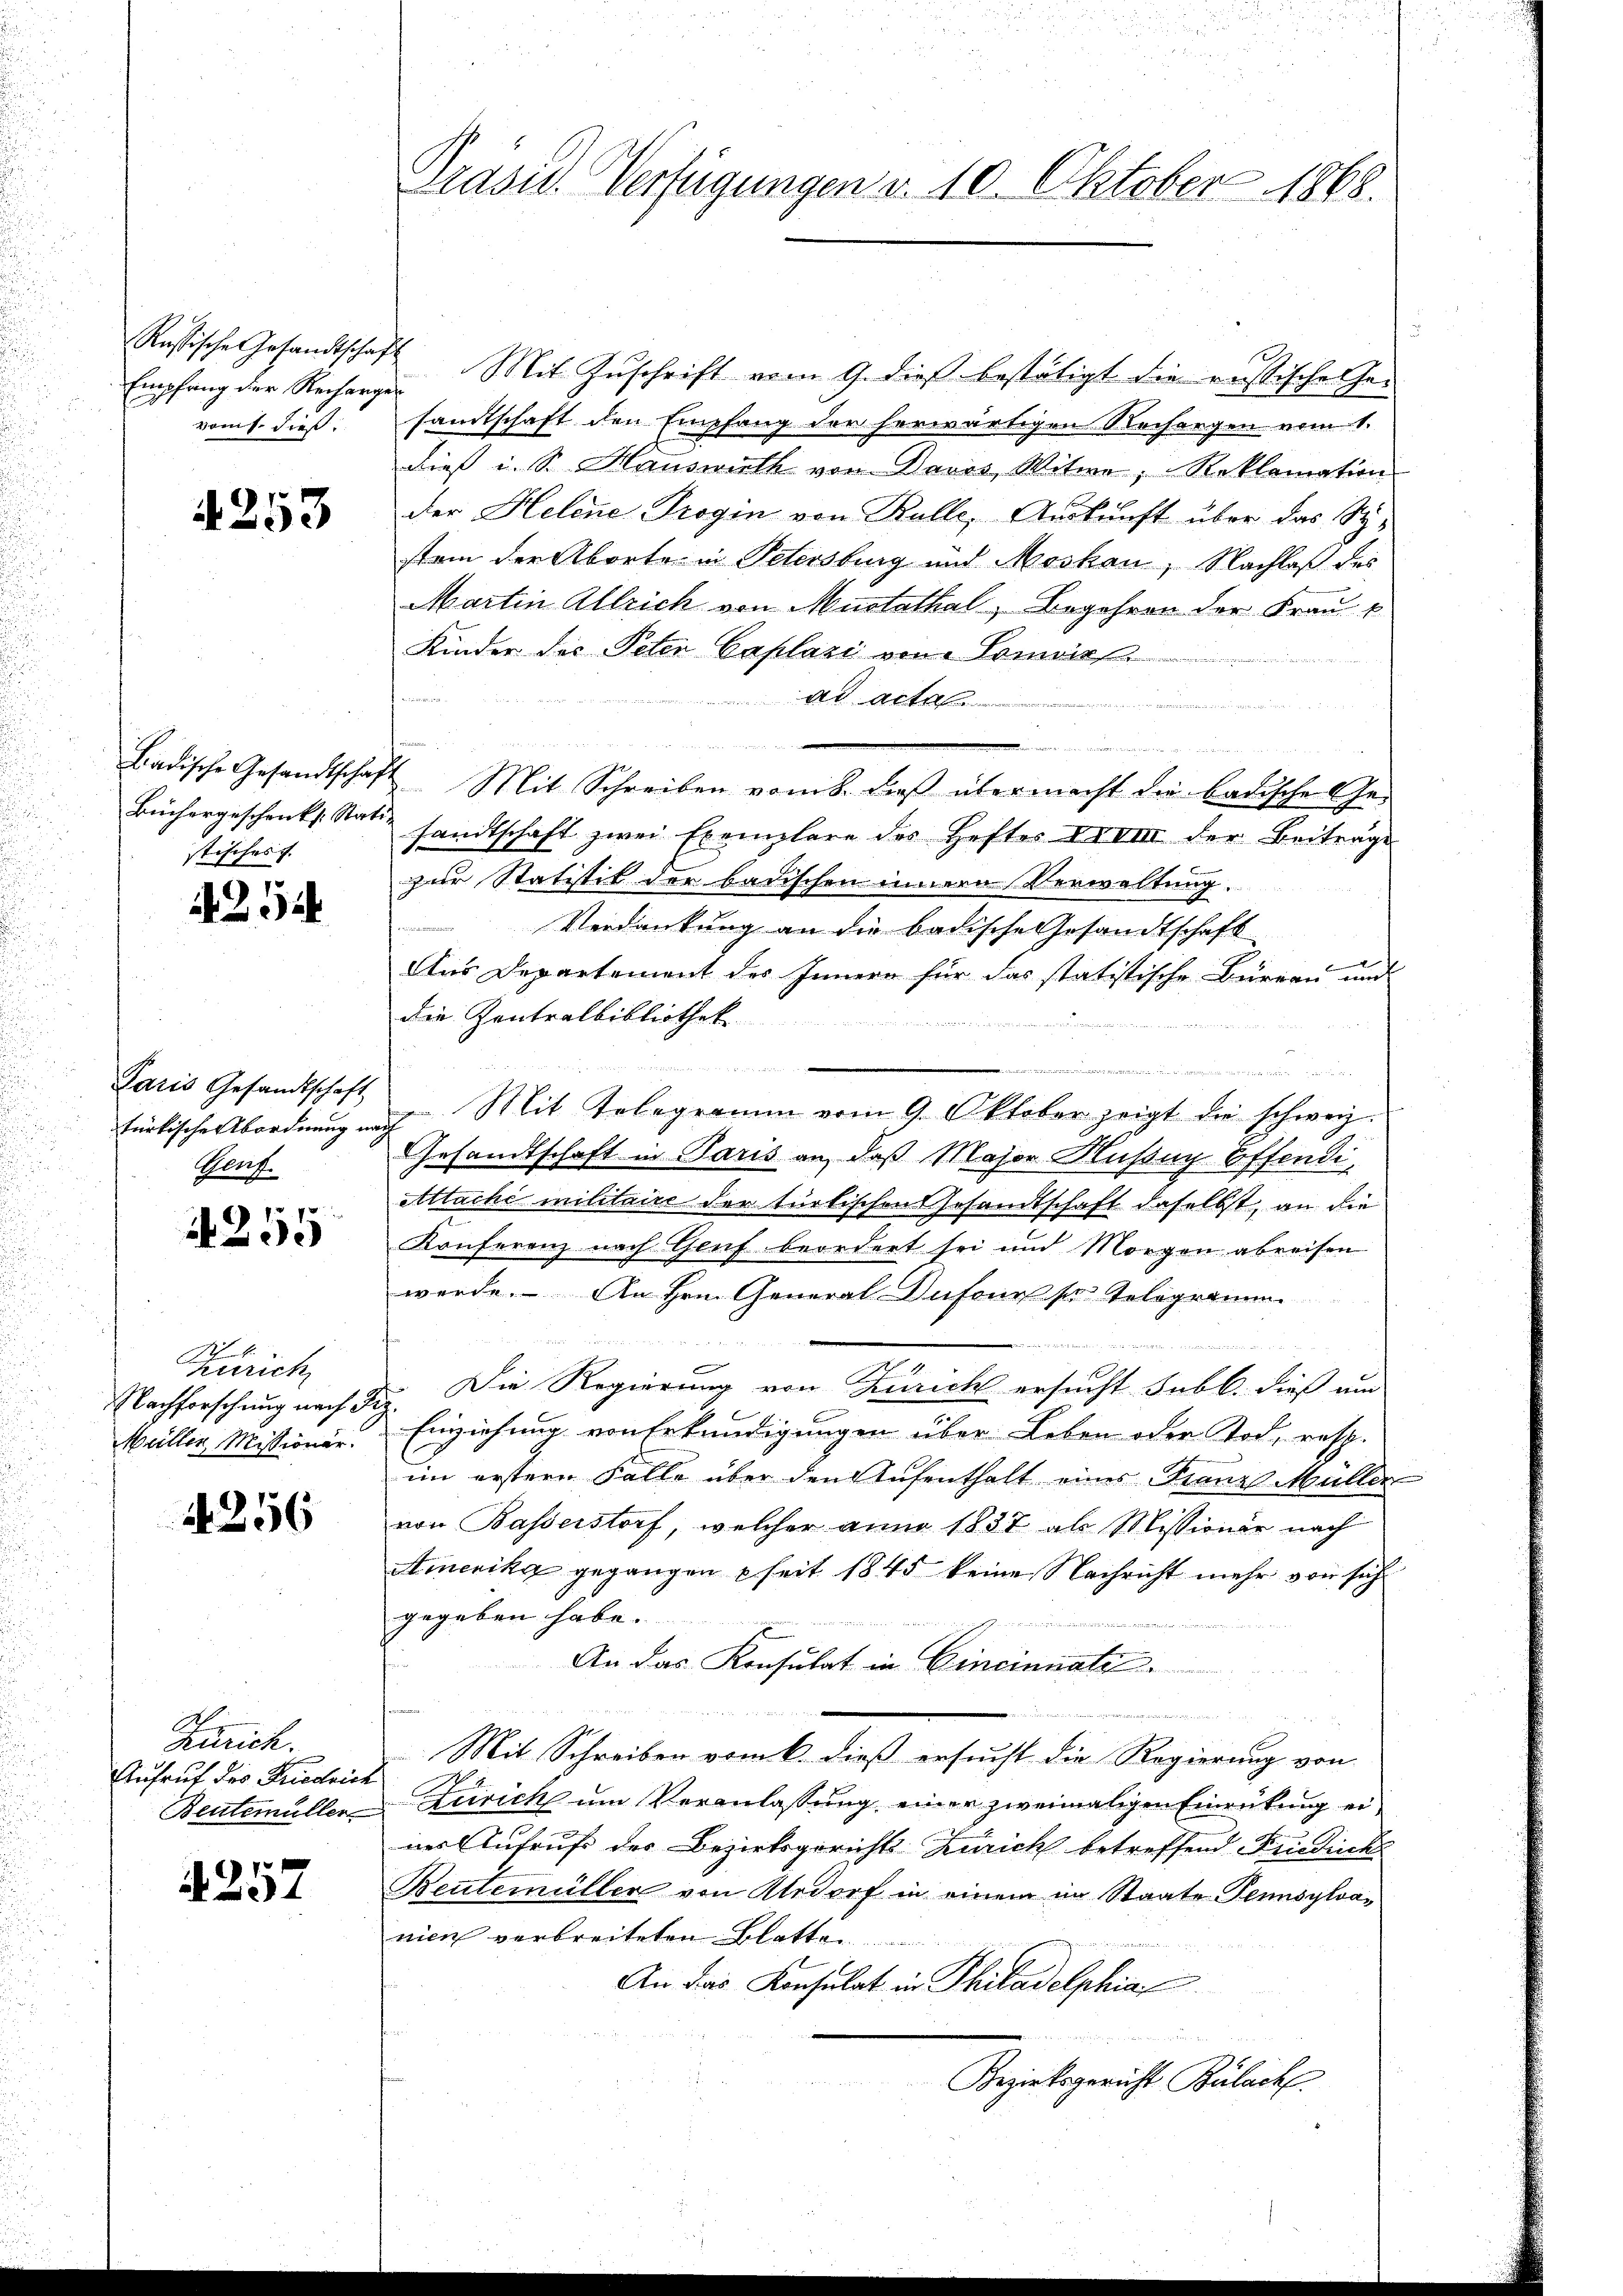
Empfang der Recharges
vom 1. dieß.

4253

Büchergeschricks Rati-
stisches .

.
1234

Paris Gesandtschaft
Genf.

255

2
Zürich
Nachforschung nach d
Müller Missionär.

4256

Zürich.
Aufruf des Friedrich

1 f 0 x
A 231

Pasid. Verfügungen d. 10. Oktober 1868.

Rastische Gesandtschaft Mit Zuschrift vom 9. dieß bestätigt die reistisches hei
sandtschaft den Empfang der herwärtigen Rechangen vom 6.
dieß u. Sr. Hauswirth von Davis, Witwe, Reklamation
der Helene Trogin von Balle, Auskunft über das Sy-
stem der Aborte in Petersburg und Moskau, Nachlaß des
Martin Allrich von Mustathal, Begehren der Frau k
Kinder des Peter Caplazi von Tomuck
t Altstamen

Badische Gesandtschaft Mit Schreiben vom 8. dieβ übermacht die badische Ge-
sandtschaft zwei Exemplare des Hefte dem der Beiträge
zur Statistik der badischen innern Verwaltung.
Verdankung an die badische Gesandtschaft
Aus Departement des Innern für das statistische Büreau und
die Zentralbibliothek
dn der
.. ..  ..  .
Fürlische Abordnung nach Mit Telegramm vom 9. Oktober zeigt die schweiz.
Gesandtschaft in Paris an, daß Major Musing Effendi¬
Atttache militaire der tretischen Gesandtschaft daselbst, an die
Konferenz nach Genf beordert sei und Morgen abreisen
werde. An Hrn. General-Insons pro Telegramm.
Die Regierung von Zürich ersucht subl. dieß und
2.
Einziehung von Erkundigungen über Leben oder Tod, resp.
im erstern Falle über den Aufenthalt eines Frenes Müller
von Basserstorf, welcher anno 1837 als Missionär nach
Amerika gegangen seit 1845 keine Nachricht mehr von sich
gegeben habe.
i
An das Konsulat in Cincinnatz
Mit Schreiben vom 6. dieß ersucht die Regierung von
Bentemüller Zeirich um Veranlassung einer zweimaligen Einrückung eines Aufruf der Bezirksgerichts-Zürich betreffend Findick
Beutemüller von Aadorf in einem im Staate Pennsylvanien verbreiteten Blatte
An das Konsulat in Philadelphia

Bezirksgericht Bülach.